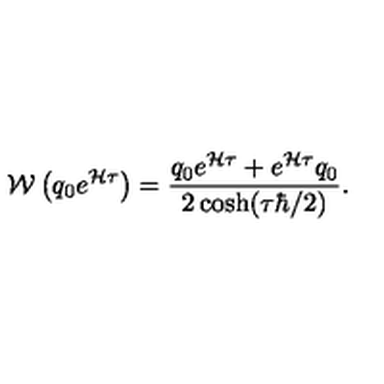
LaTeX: { \cal W } \left( q _ { 0 } e ^ { { \cal H } \tau } \right) = { \frac { q _ { 0 } e ^ { { \cal H } \tau } + e ^ { { \cal H } \tau } q _ { 0 } } { 2 \cosh ( \tau \hbar / 2 ) } } .